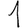
Digit: 1